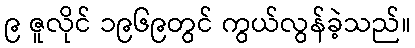
၉ ဇူလိုင် ၁၉၆၉တွင် ကွယ်လွန်ခဲ့သည်။